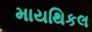
માયથિકલ